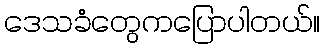
ဒေသခံတွေကပြောပါတယ်။